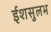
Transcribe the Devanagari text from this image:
ईशसुलभ